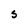
Character: S